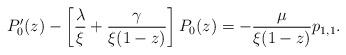
LaTeX: \begin{align*}P'_{0}(z) - \left[ \dfrac{\lambda}{\xi} + \dfrac{\gamma}{\xi(1-z)} \right] P_{0}(z) = -\dfrac{\mu}{\xi(1-z)}p_{1,1}.\end{align*}